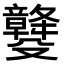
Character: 𣫡